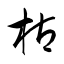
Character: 枯